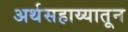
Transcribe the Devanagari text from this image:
अर्थसहाय्यातून